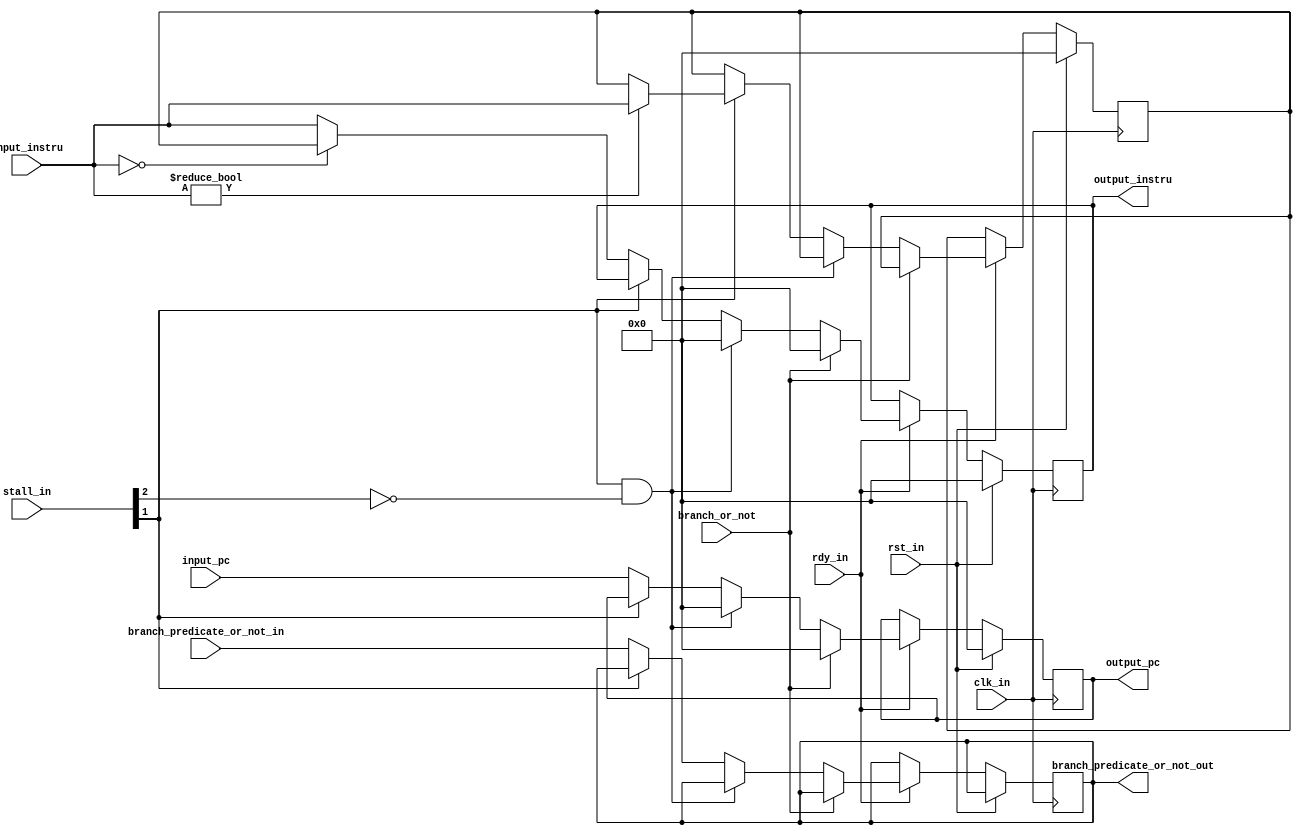
`timescale 1ns/1ps

module IF_ID (
    input  wire                 clk_in,
    input wire rst_in,
    input  wire     rdy_in, 
    //from if

    input wire branch_predicate_or_not_in,
   //to id
    output reg branch_predicate_or_not_out,
 

    //from stall ctrl
    input  wire[5:0] stall_in,
    //from ex
    input  wire branch_or_not,

    //from if
    input wire [31:0] input_pc,
    input  wire[31:0] input_instru,
    //to id
    output reg[31:0] output_pc,
    output reg[31:0] output_instru 
);
reg [31:0] preinstruction_record;


always @(posedge clk_in ) begin
    if (rst_in==0) begin
        if (rdy_in==1) begin
            
        
        if (branch_or_not==1) begin
            output_pc<=0;
            output_instru<=0; 
        end
        else if (stall_in[1]==1&&stall_in[2]==0) begin
            output_pc<=0;
            output_instru<=0;
        end else if(stall_in[1]==0) begin
            branch_predicate_or_not_out<=branch_predicate_or_not_in;
            output_pc <=input_pc;
            output_instru<=input_instru;
            if (input_instru==0) begin
                output_instru<=preinstruction_record;   
            end
        end  else
            begin
                if (input_instru!=0) begin
                preinstruction_record<=input_instru;    
            end

            end
        //otherwise the Sequential circuit contain the original state     
    end
    end
    else
        begin
            output_pc<=0;
            output_instru<=0;
            preinstruction_record=0;
        end
        
       //if(!output_pc==0)$display($time,"  %h",output_pc);
end
endmodule //IF_ID